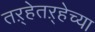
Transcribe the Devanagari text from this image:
तऱ्हेतऱ्हेच्या